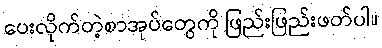
ပေးလိုက်တဲ့စာအုပ်တွေကို ဖြည်းဖြည်းဖတ်ပါ။